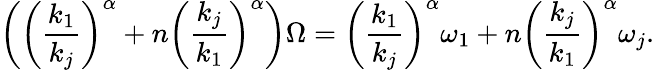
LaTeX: \left(\left(\frac{k_{1}}{k_{j}}\right)^{\alpha}+n\left(\frac{k_{j}}{k_{1}}\right)^{\alpha}\right)\Omega=\left(\frac{k_{1}}{k_{j}}\right)^{\alpha}\omega_{1}+n\left(\frac{k_{j}}{k_{1}}\right)^{\alpha}\omega_{j}.